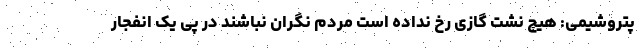
پتروشیمی: هیچ نشت گازی رخ نداده است مردم نگران نباشند در پی یک انفجار